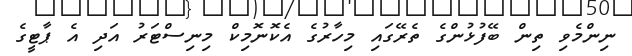
ނިންމެވި ތިން ބޭފުޅުންގެ ތެރޭގައި މިހާރުގެ އެކޮނޮމިކް މިނިސްޓަރު އަދި އެ ޕާޓީގެ